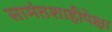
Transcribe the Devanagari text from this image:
सामंतशाहीपेक्षा